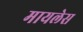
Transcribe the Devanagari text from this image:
मायलेस